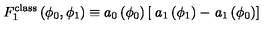
F _ { 1 } ^ { \mathrm { c l a s s } } \left( \phi _ { 0 } , \phi _ { 1 } \right) \equiv a _ { 0 } \left( \phi _ { 0 } \right) \left[ \right. a _ { 1 } \left( \phi _ { 1 } \right) - \left. a _ { 1 } \left( \phi _ { 0 } \right) \right]